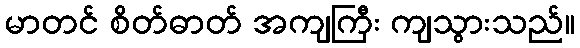
မာတင် စိတ်ဓာတ် အကျကြီး ကျသွားသည်။